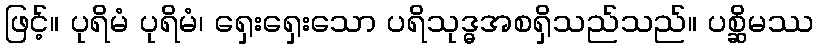
ဖြင့်။ ပုရိမံ ပုရိမံ၊ ရှေးရှေးသော ပရိသုဒ္ဓအစရှိသည်သည်။ ပစ္ဆိမဿ